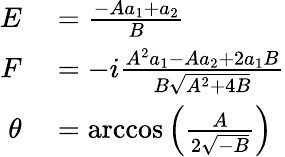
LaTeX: \begin{array}{rl}{E}&{{}={\frac{-Aa_{1}+a_{2}}{B}}}\\ {F}&{{}=-i{\frac{A^{2}a_{1}-Aa_{2}+2a_{1}B}{B{\sqrt{A^{2}+4B}}}}}\\ {\theta}&{{}=\operatorname{arccos}\left({\frac{A}{2{\sqrt{-B}}}}\right)}\end{array}